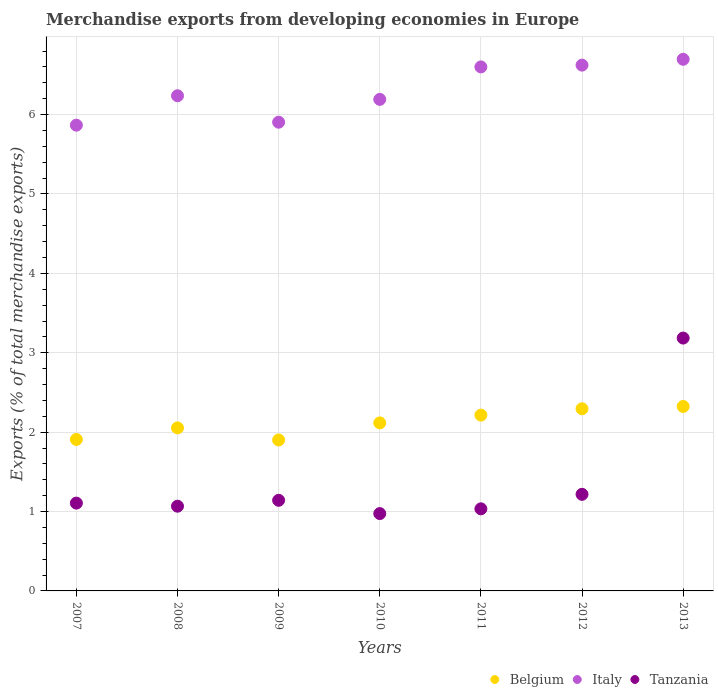
| Years | Belgium | Italy | Tanzania |
 | --- | --- | --- | --- |
 | 2007 | 1.91 | 5.87 | 1.11 |
 | 2008 | 2.05 | 6.24 | 1.07 |
 | 2009 | 1.9 | 5.9 | 1.14 |
 | 2010 | 2.12 | 6.19 | 0.974 |
 | 2011 | 2.21 | 6.6 | 1.03 |
 | 2012 | 2.29 | 6.62 | 1.22 |
 | 2013 | 2.32 | 6.7 | 3.19 |